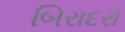
બિરાદરો